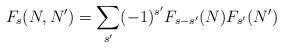
LaTeX: \begin{align*} F_{s}(N,N')=\sum_{s'}(-1)^{s'}F_{s-s'}(N)F_{s'}(N')\end{align*}